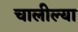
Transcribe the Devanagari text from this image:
चालील्या